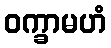
ဝက္ခာမဟံ